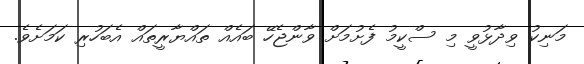
މަނިކު ވިދާޅުވީ މި ސްކީމު ފެށުމަށް ވާންޖެހޭ ބައެއް ތައްޔާރީތައް އެބަހުރި ކަމަށެވެ.